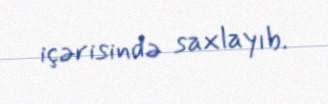
içərisində saxlayıb.